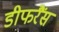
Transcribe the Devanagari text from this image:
डीफरैंस